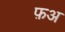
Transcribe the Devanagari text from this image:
फ़अ